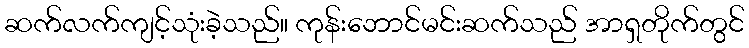
ဆက်လက်ကျင့်သုံးခဲ့သည်။ ကုန်းဘောင်မင်းဆက်သည် အာရှတိုက်တွင်